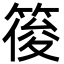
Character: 䈗